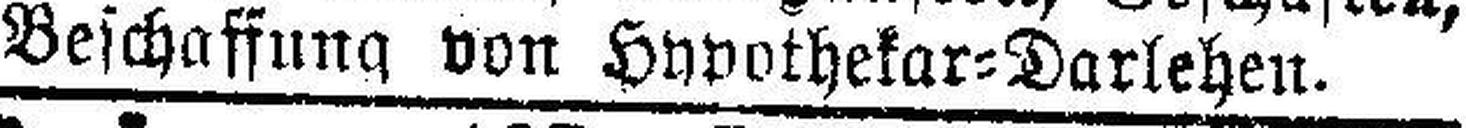
Beschaffung von Hypothekar=Darlehen.